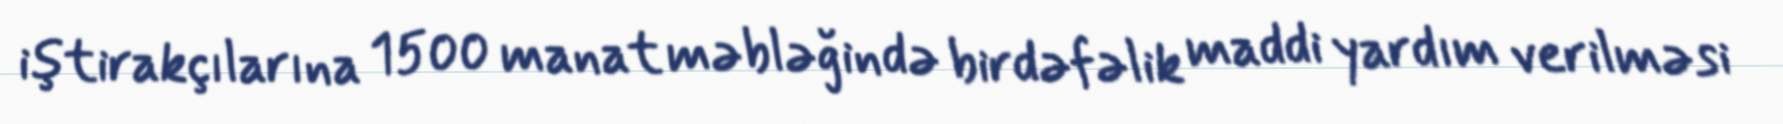
iştirakçılarına 1500 manat məbləğində birdəfəlik maddi yardım verilməsi